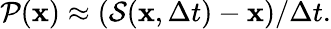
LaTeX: \begin{array}{r}{\mathcal{P}(\mathbf{x})\approx(\mathcal{S}(\mathbf{x},\Delta t)-\mathbf{x})/\Delta t.}\end{array}